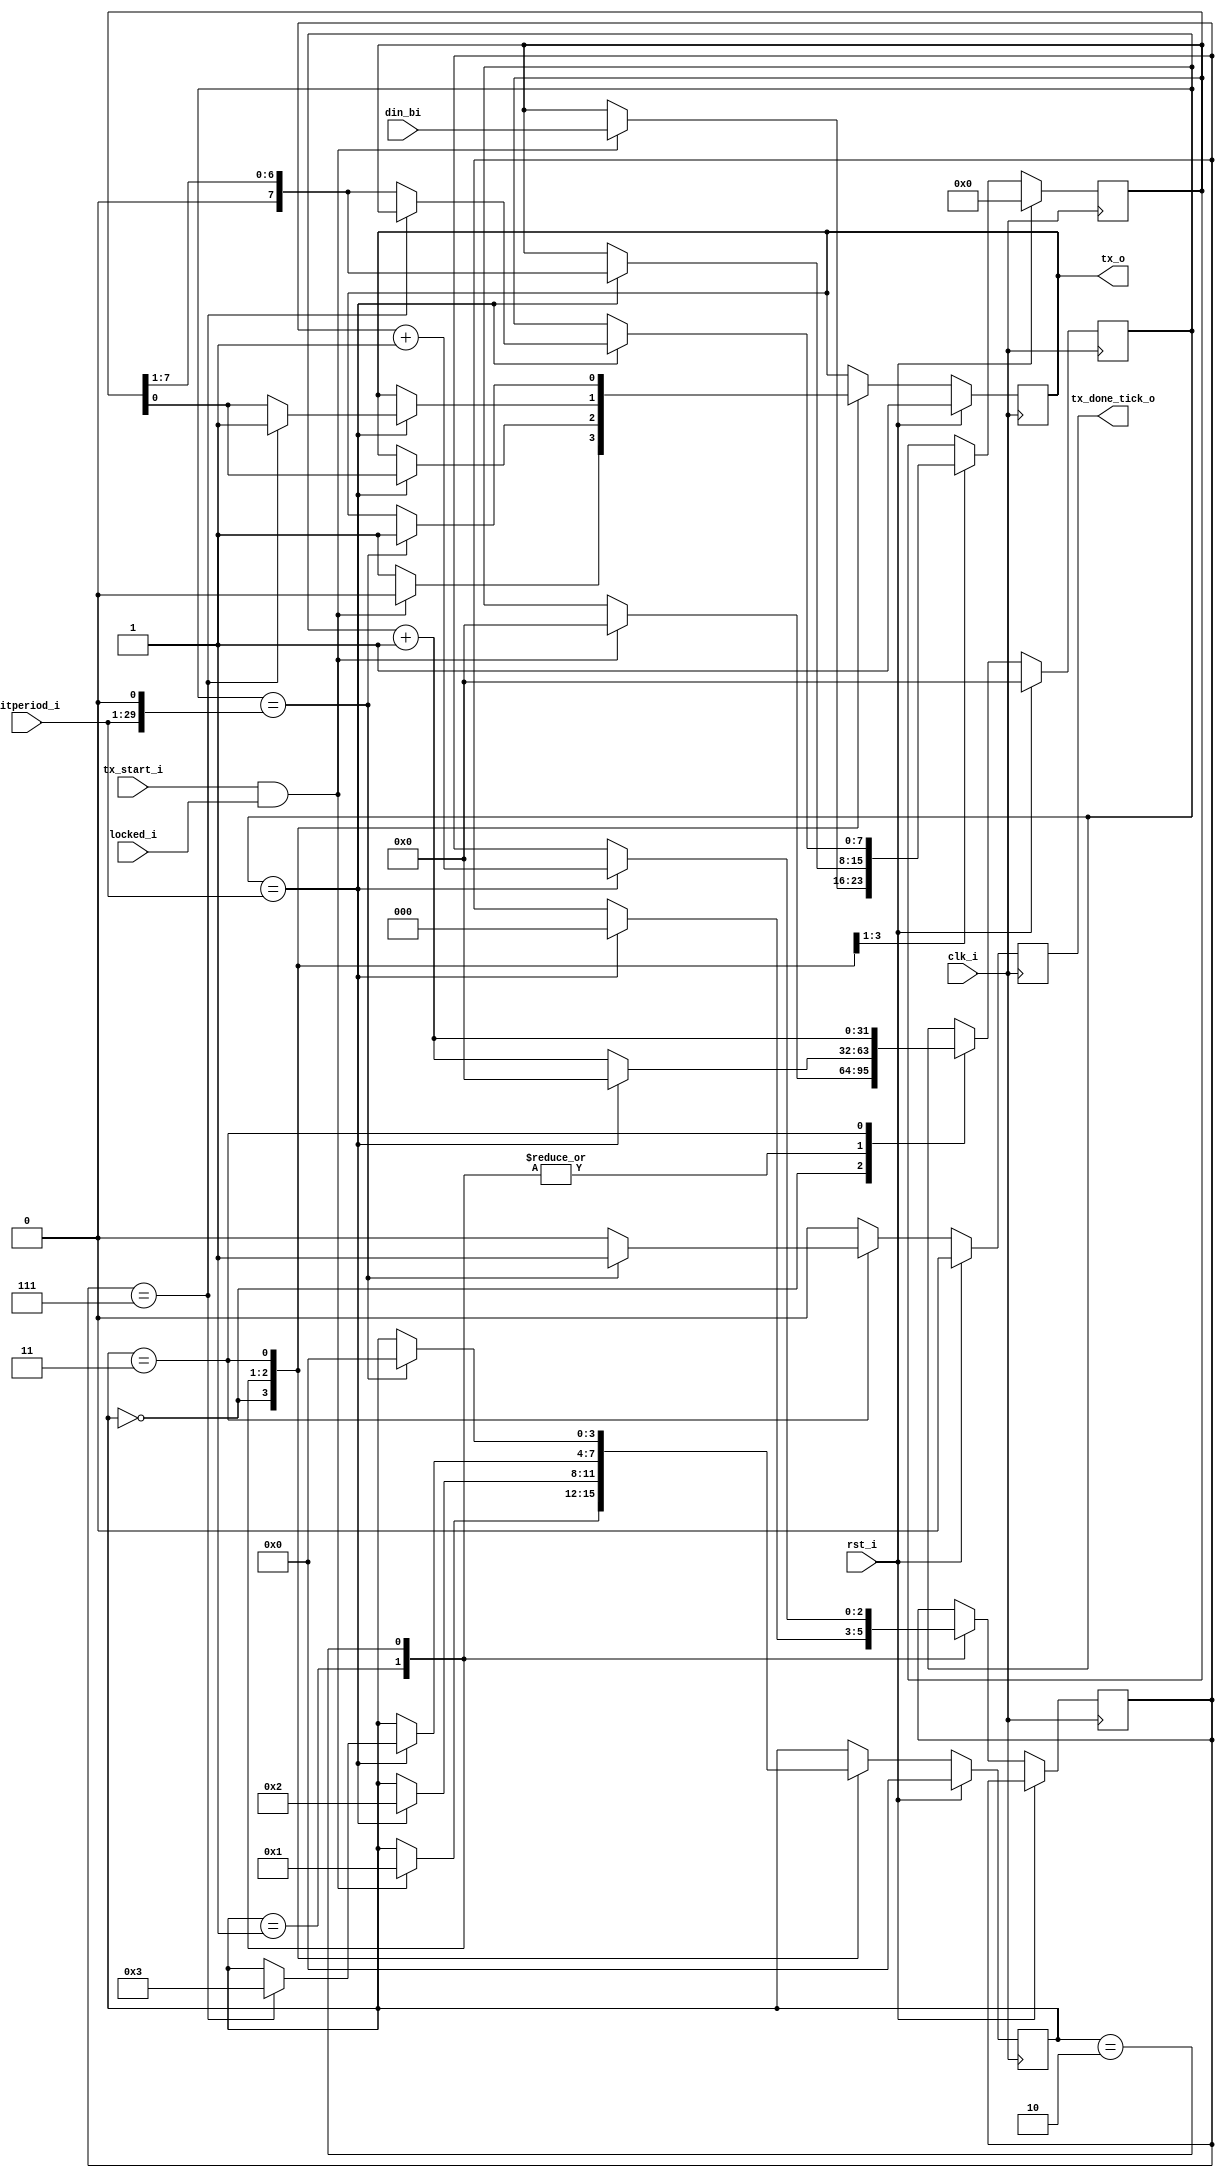
module uart_tx
#(
    parameter RTX_EXTERNAL_OVERRIDE = "NO"
)
(
	input clk_i, rst_i,

	input tx_start_i,
	input [7:0] din_bi,

	input locked_i,
	input [28:0] bitperiod_i,

	output reg tx_done_tick_o,
	output reg tx_o
);

reg [7:0] 	databuf;
reg [3:0] 	state;
reg [31:0] 	clk_counter;
reg [2:0] 	bit_counter;

localparam ST_IDLE 		= 8'h0;
localparam ST_START 	= 8'h1;
localparam ST_TX_DATA 	= 8'h2;
localparam ST_STOP 		= 8'h3;

always @(posedge clk_i)
	begin
	if (rst_i)
		begin
		state <= ST_IDLE;
		databuf <= 8'h0;
		clk_counter <= 32'h0;
		tx_o <= 1'b1;
		tx_done_tick_o <= 1'b0;
		end
	else 
		begin
		
		if (RTX_EXTERNAL_OVERRIDE == "NO") tx_done_tick_o <= 1'b0;
		else tx_done_tick_o <= 1'b1;

		case (state)

			ST_IDLE:
				begin
				tx_o <= 1'b1;
				if ((tx_start_i == 1'b1) && (locked_i == 1'b1))
					begin
					tx_o <= 1'b0;
					state <= ST_START;
					databuf <= din_bi;
					clk_counter <= 32'h0;
					end
				end

			ST_START:
				begin
				clk_counter <= clk_counter + 32'h1;
				if (clk_counter == {3'h0, bitperiod_i})
					begin
					state <= ST_TX_DATA;
					clk_counter <= 32'h0;
					bit_counter <= 3'h0;
					tx_o <= databuf[0];
					databuf <= {1'b0, databuf[7:1]};
					end
				end

			ST_TX_DATA:
				begin
				clk_counter <= clk_counter + 32'h1;
				if (clk_counter == {3'h0, bitperiod_i})
					begin
					clk_counter <= 32'h0;
					bit_counter <= bit_counter + 3'h1;
					if (bit_counter == 3'h7)
						begin
						tx_o <= 1'b1;
						state <= ST_STOP;
						end
					else 
						begin
						tx_o <= databuf[0];
						databuf <= {1'b0, databuf[7:1]};
						end
					end
				end

			ST_STOP:
				begin
				clk_counter <= clk_counter + 32'h1;
				if (clk_counter == {2'h0, bitperiod_i, 1'b0})		// 2 * bit
					begin
					tx_o <= 1'b1;
					tx_done_tick_o <= 1'b1;
					state <= ST_IDLE;
					end
				end

		endcase

		end
	end

endmodule